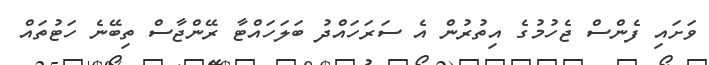
ވަށައި ފެންސް ޖެހުމުގެ އިތުރުން އެ ސަރަހައްދު ބަލަހައްޓާ ރޭންޖާސް ތިބޭނެ ހަޓުތައް